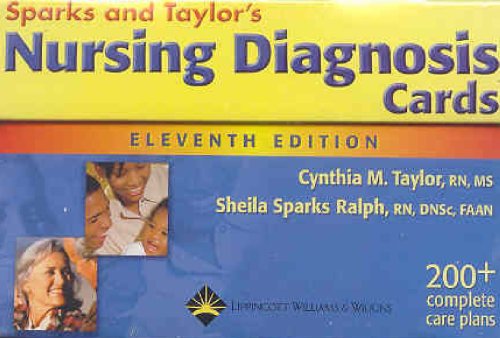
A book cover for Nursing Diagnosis Cards; Sheila M. Sparks RN  DNSc  CS; Medical Books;